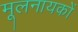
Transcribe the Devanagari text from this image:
मूलनायकों